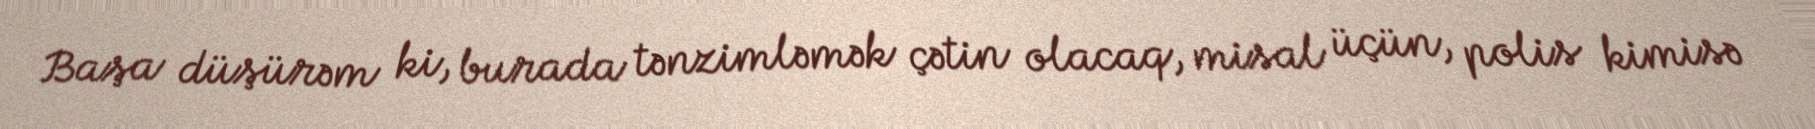
Başa düşürəm ki, burada tənzimləmək çətin olacaq, misal üçün, polis kimisə